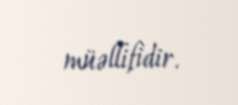
müəllifidir.